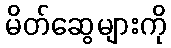
မိတ်ဆွေများကို